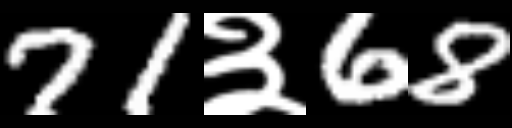
Text: 71३68